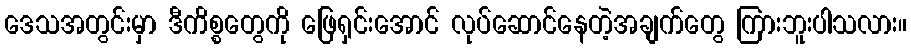
ဒေသအတွင်းမှာ ဒီကိစ္စတွေကို ဖြေရှင်းအောင် လုပ်ဆောင်နေတဲ့အချက်တွေ ကြားဘူးပါသလား။